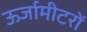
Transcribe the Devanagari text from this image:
ऊर्जामीटरों